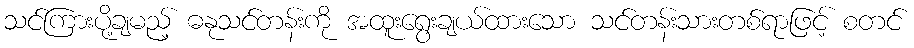
သင်ကြားပို့ချမည့် ဓနုသင်တန်းကို အထူးရွေးချယ်ထားသော သင်တန်းသားတစ်ရာဖြင့် စတင်